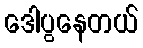
ဒေါပွနေတယ်